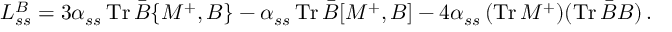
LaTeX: { \cal L } _ { s s } ^ { B } = 3 \alpha _ { s s } \, \mathrm { T r } \, \bar { B } \{ { \cal M } ^ { + } , B \} - \alpha _ { s s } \, \mathrm { T r } \, \bar { B } [ { \cal M } ^ { + } , B ] - 4 \alpha _ { s s } \, ( \mathrm { T r } \, { \cal M } ^ { + } ) ( \mathrm { T r } \, \bar { B } B ) \, .